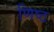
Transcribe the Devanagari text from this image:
णिष्ठ